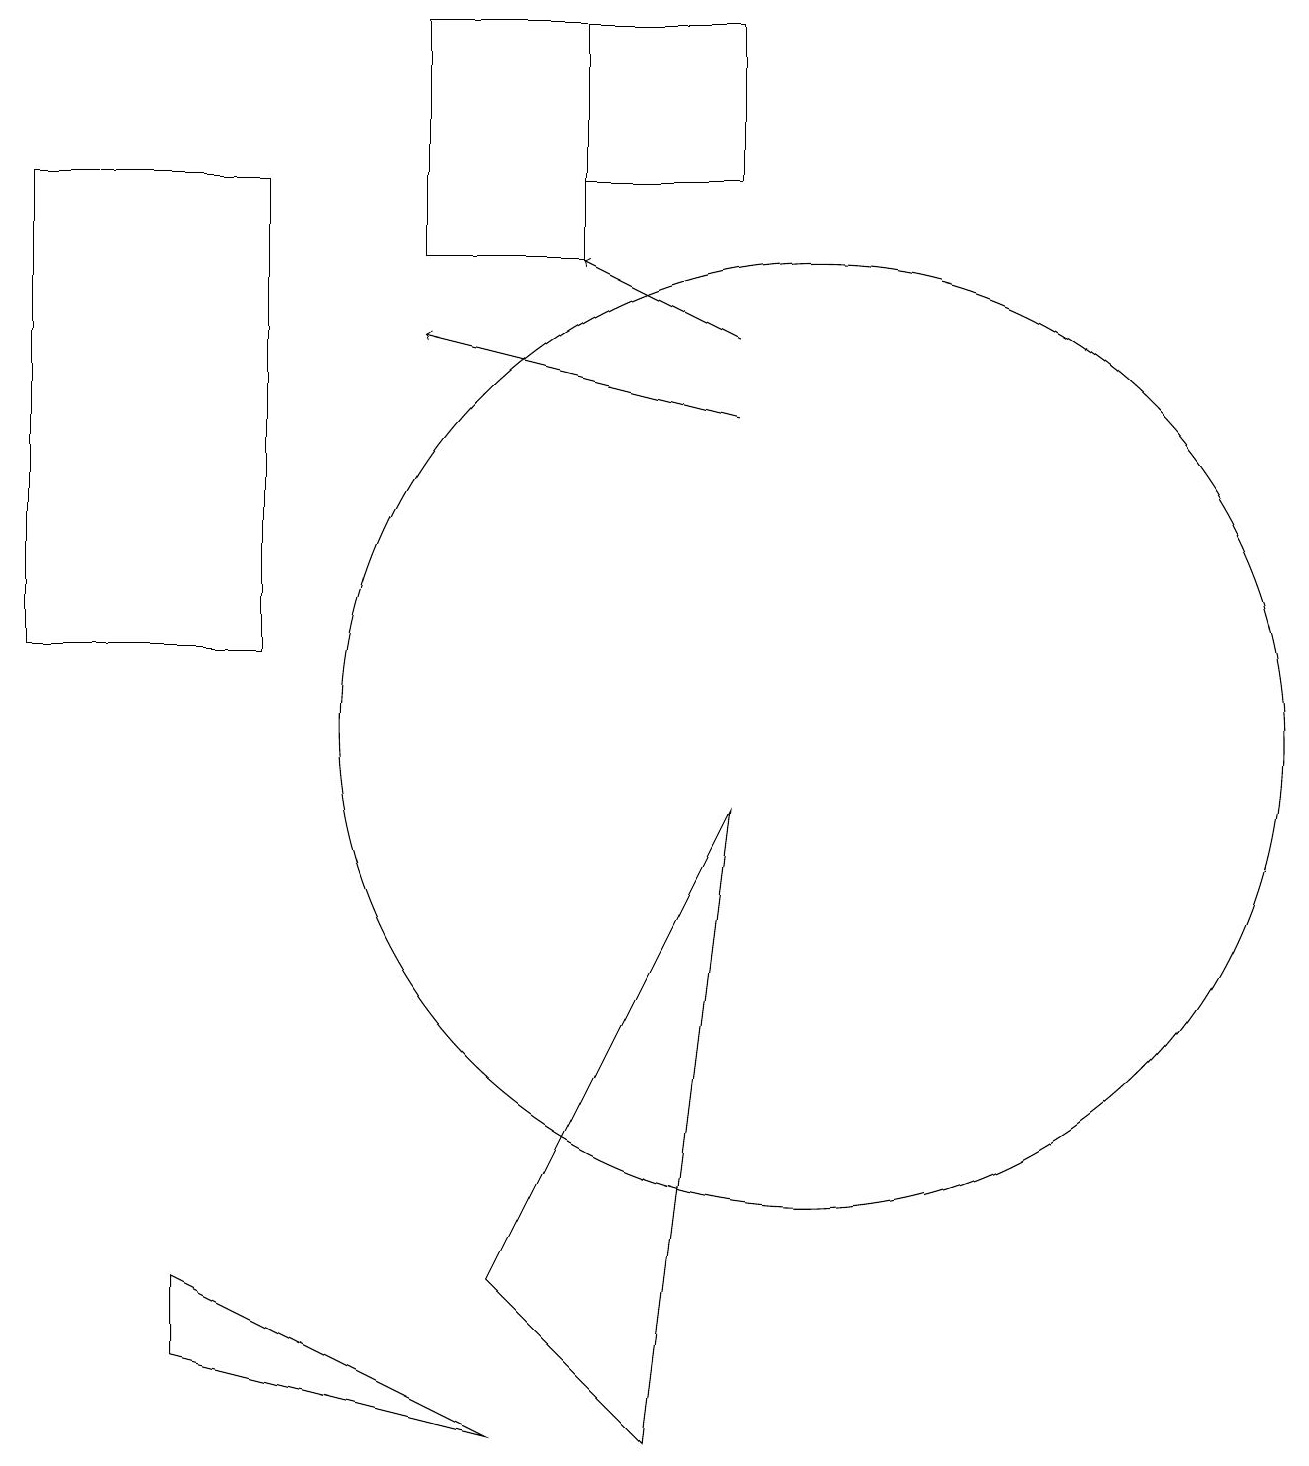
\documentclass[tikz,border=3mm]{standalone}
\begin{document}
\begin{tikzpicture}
\draw[->] (9,14) -- (5,15);
\draw[->] (9,15) -- (7,16);
\draw (0,17) rectangle (3,11);
\draw (2,2) -- (2,3) -- (6,1) -- cycle;
\draw (10,10) circle (6);
\draw (8,1) -- (9,9) -- (6,3) -- cycle;
\draw (7,19) rectangle (5,16);
\draw (9,17) rectangle (7,19);
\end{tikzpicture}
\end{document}